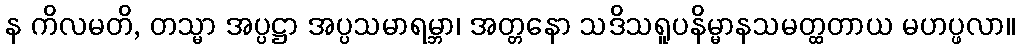
န ကိလမတိ, တသ္မာ အပ္ပဋ္ဌာ အပ္ပသမာရမ္ဘာ၊ အတ္တနော သဒိသရူပနိမ္မာနသမတ္ထတာယ မဟပ္ဖလာ။